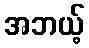
အဘယ့်